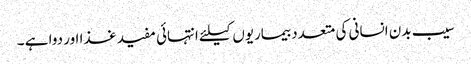
سیب بدن انسانی کی متعدد بیماریوں کیلئے انتہائی مفید غذا اور دوا ہے ۔